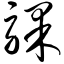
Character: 骒